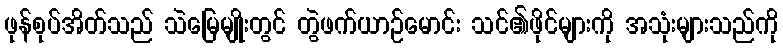
ဖုန်စုပ်အိတ်သည် သဲမြေမျိုးတွင် တွဲဖက်ယာဉ်မောင်း သင်၏ဖိုင်များကို အသုံးများသည်ကို